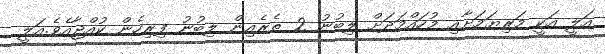
އަލީ އަކީ މަރިޔަމަށާއި މުހައްމަދަށް ލިބުނު 2 ތެރެއިން ލިބުނު ފިރިހެން ކުއްޖާއެވެ.އަލީ